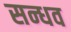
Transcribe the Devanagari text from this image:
सन्धव